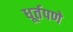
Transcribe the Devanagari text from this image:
धूर्तपणे